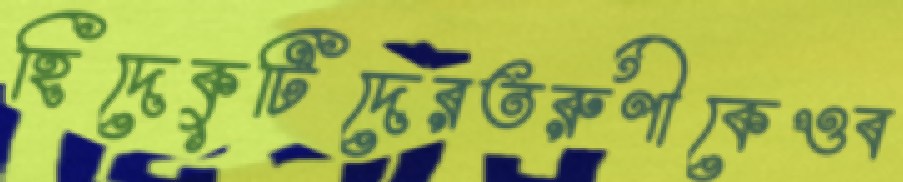
হিদেকুটিদেরতরুণীকেওব